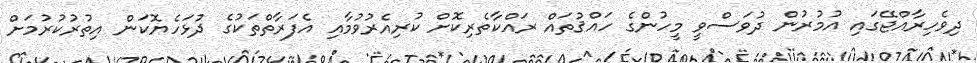
ދިވެހިރާއްޖޭގައި އުމުރުން ދުވަސްވީ މީހުންގެ ހައްޤުތައް ރައްކާތެރިކޮށް ކުރިއެރުވުމާއި އެފަރާތްތަކުގެ ދުޅަހެޔޮކަން އިތުރުކުރުމަށް